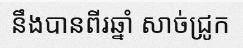
នឹងបានពីរឆ្នាំ សាច់ជ្រូក